system: You are a helpful assistant.
user:
Analyze the provided spectrum to determine if it is a **S-type Star**.

- **Key Indicators for S-type Star:**

    - **(Overall Spectrum Shape):** The first and most obvious characteristic is the overall continuum (the "baseline" shape). It is **extremely "red-sloping,"** meaning the flux (light intensity) is very low on the left side (blue, ~4000-4500 Å) and rises steeply and continuously toward the right side (red, ~7000 Å+).

    - **(Primary):** The spectrum is defined by the presence of strong, broad molecular absorption "valleys" (bands) from **Zirconium Oxide (ZrO)**. The identification of these bands is the **primary requirement** for classifying a star as S-type.
        - **(Key Bandheads):** You must find distinct, deep "dips" where the light has been absorbed. The most critical band systems to locate are:
            - **~6474 Å** ($\gamma$-system): This is often the strongest and clearest ZrO feature, found in the red part of the spectrum.
            - **~5718 Å** & **~5551 Å** ($\beta$-system): A pair of prominent absorption features in the yellow-orange part of the spectrum.
            - **~4640 Å** ($\alpha$-system): A key absorption band system in the blue-green region of the spectrum.

    - **(Secondary Confirmation):** The classification is strengthened by finding additional absorption bands from other related heavy element oxides, which are expected to be present alongside ZrO.
        - **(Key Bandheads):**
            - **Yttrium Oxide (YO):** Look for absorption dips near **~4800 Å** and **~6100 Å**.
            - **Lanthanum Oxide (LaO):** Additional absorption features, particularly in the red-orange part of the spectrum, are also characteristic.

    - **(Line Profile):** The combination of the steep red continuum and these numerous, deep molecular bands (ZrO, YO, etc.) gives the entire spectrum a very **"chopped-up"** or **"bumpy"** appearance. Instead of a smooth curve, the spectrum looks as though large, wide chunks of light have been "carved out" of it at the specific wavelengths listed above.

Think first, call **spectral_visualization_tool** if needed to examine features in detail, then provide your final answer. Your response must adhere to the following strict rules:
1.  **Overall Structure:** Your response must follow the format `<think>...</think> <tool_call>...</tool_call> (if a tool is used) <answer>...</answer>`.
2.  **Tool Usage Constraint:** You may only make **one** tool call per turn.
3.  **Final Answer Format:** In the `<answer>` tag, your conclusion must be inside a `\boxed{}` command (e.g., `\boxed{YES}` or `\boxed{NO}`), followed by your justification.

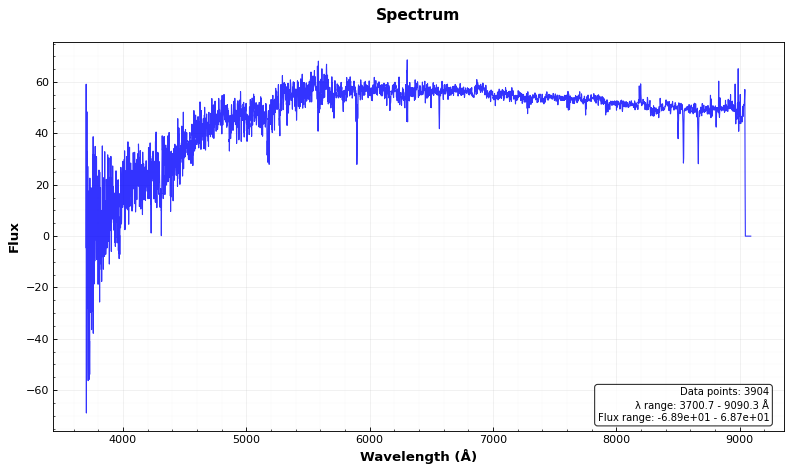
Answer: NO